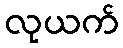
လုယက်